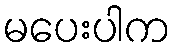
မပေးပါက